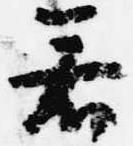
若